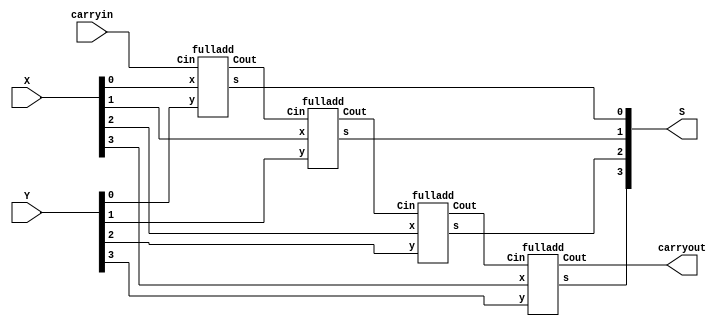
// This program was cloned from: https://github.com/haojunliu/OpenFPGA
// License: BSD 2-Clause "Simplified" License

/* 4 bit adder with vector assignment so we can have width variables */

module bm_DL_four_bit_adder_continuous_assign_using_vectors (carryin, X, Y, S, carryout);
	input carryin;
	input [3:0] X, Y;
	output [3:0] S;
	output carryout;
	wire [3:1] C;
	
	fulladd stage0 (carryin, X[0], Y[0], S[0], C[1]);
	fulladd stage1 (C[1], X[1], Y[1], S[1], C[2]);
	fulladd stage2 (C[2], X[2], Y[2], S[2], C[3]);
	fulladd stage3 (C[3], X[3], Y[3], S[3], carryout);
		
endmodule

module fulladd (Cin, x, y, s, Cout);
	input Cin, x, y;
	output s, Cout;
	
	assign s = x ^ y ^ Cin;
	assign Cout = (x & y) | (x & Cin) | (y & Cin);
		    
endmodule